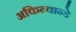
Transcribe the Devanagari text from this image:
अकिन्वान्डे